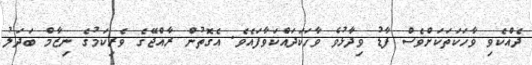
ދެއްކެވި ވާހަކަތަކަށްވެސް ފާޑު ވިދާޅުވެ ވާހަކަދައްކަވާފައެވެ. އެގޮތުން ރާއްޖޭގެ ވެރިކަމުގެ ނިޒާމް ބަދަލު